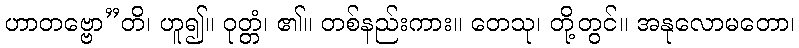
ဟာတဗ္ဗော”တိ၊ ဟူ၍။ ဝုတ္တံ၊ ၏။ တစ်နည်းကား။ တေသု၊ တို့တွင်။ အနုလောမတော၊